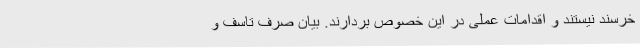
خرسند نیستند و اقدامات عملی در این خصوص بردارند. بیان صرف تاسف و